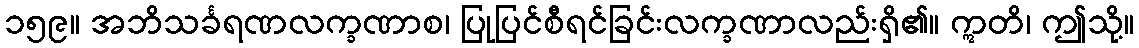
၁၅၉။ အဘိသင်္ခရဏလက္ခဏာစ၊ ပြုပြင်စီရင်ခြင်းလက္ခဏာလည်းရှိ၏။ ဣတိ၊ ဤသို့။